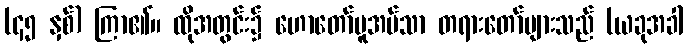
(၄၅ နှစ်) ကြာ၏။ ထိုအတွင်း၌ ဟောတော်မူအပ်သာ တရားတော်များသည် (ယခုအခါ